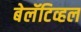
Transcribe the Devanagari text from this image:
बेलॅटिव्हल